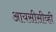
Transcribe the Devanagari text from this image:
आयसीसीव्ही